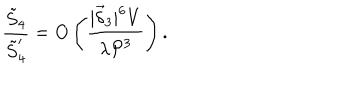
\frac { \tilde { S } _ { 4 } } { \tilde { S } _ { 4 } ^ { \prime } } = O \left( \frac { | \vec { \delta } _ { 3 } | ^ { 6 } V } { \lambda { \cal P } ^ { 3 } } \right) .